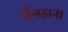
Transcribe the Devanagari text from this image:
लँगड़ाना